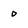
Character: 0